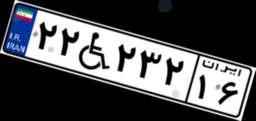
۳۳W۳۷۷۰۲